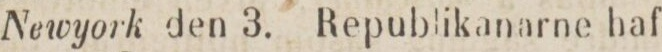
Newyork den 3. Republikanarne haf-